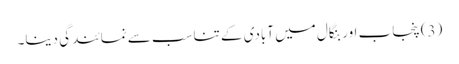
(3) پنجاب اور بنگال میں آبادی کے تناسب سے نمائندگی دینا۔